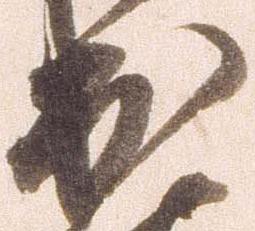
出